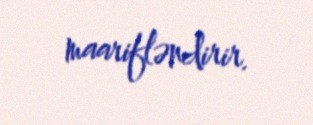
maarifləndirir.